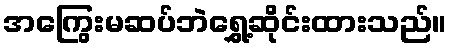
အကြွေးမဆပ်ဘဲရွှေ့ဆိုင်းထားသည်။